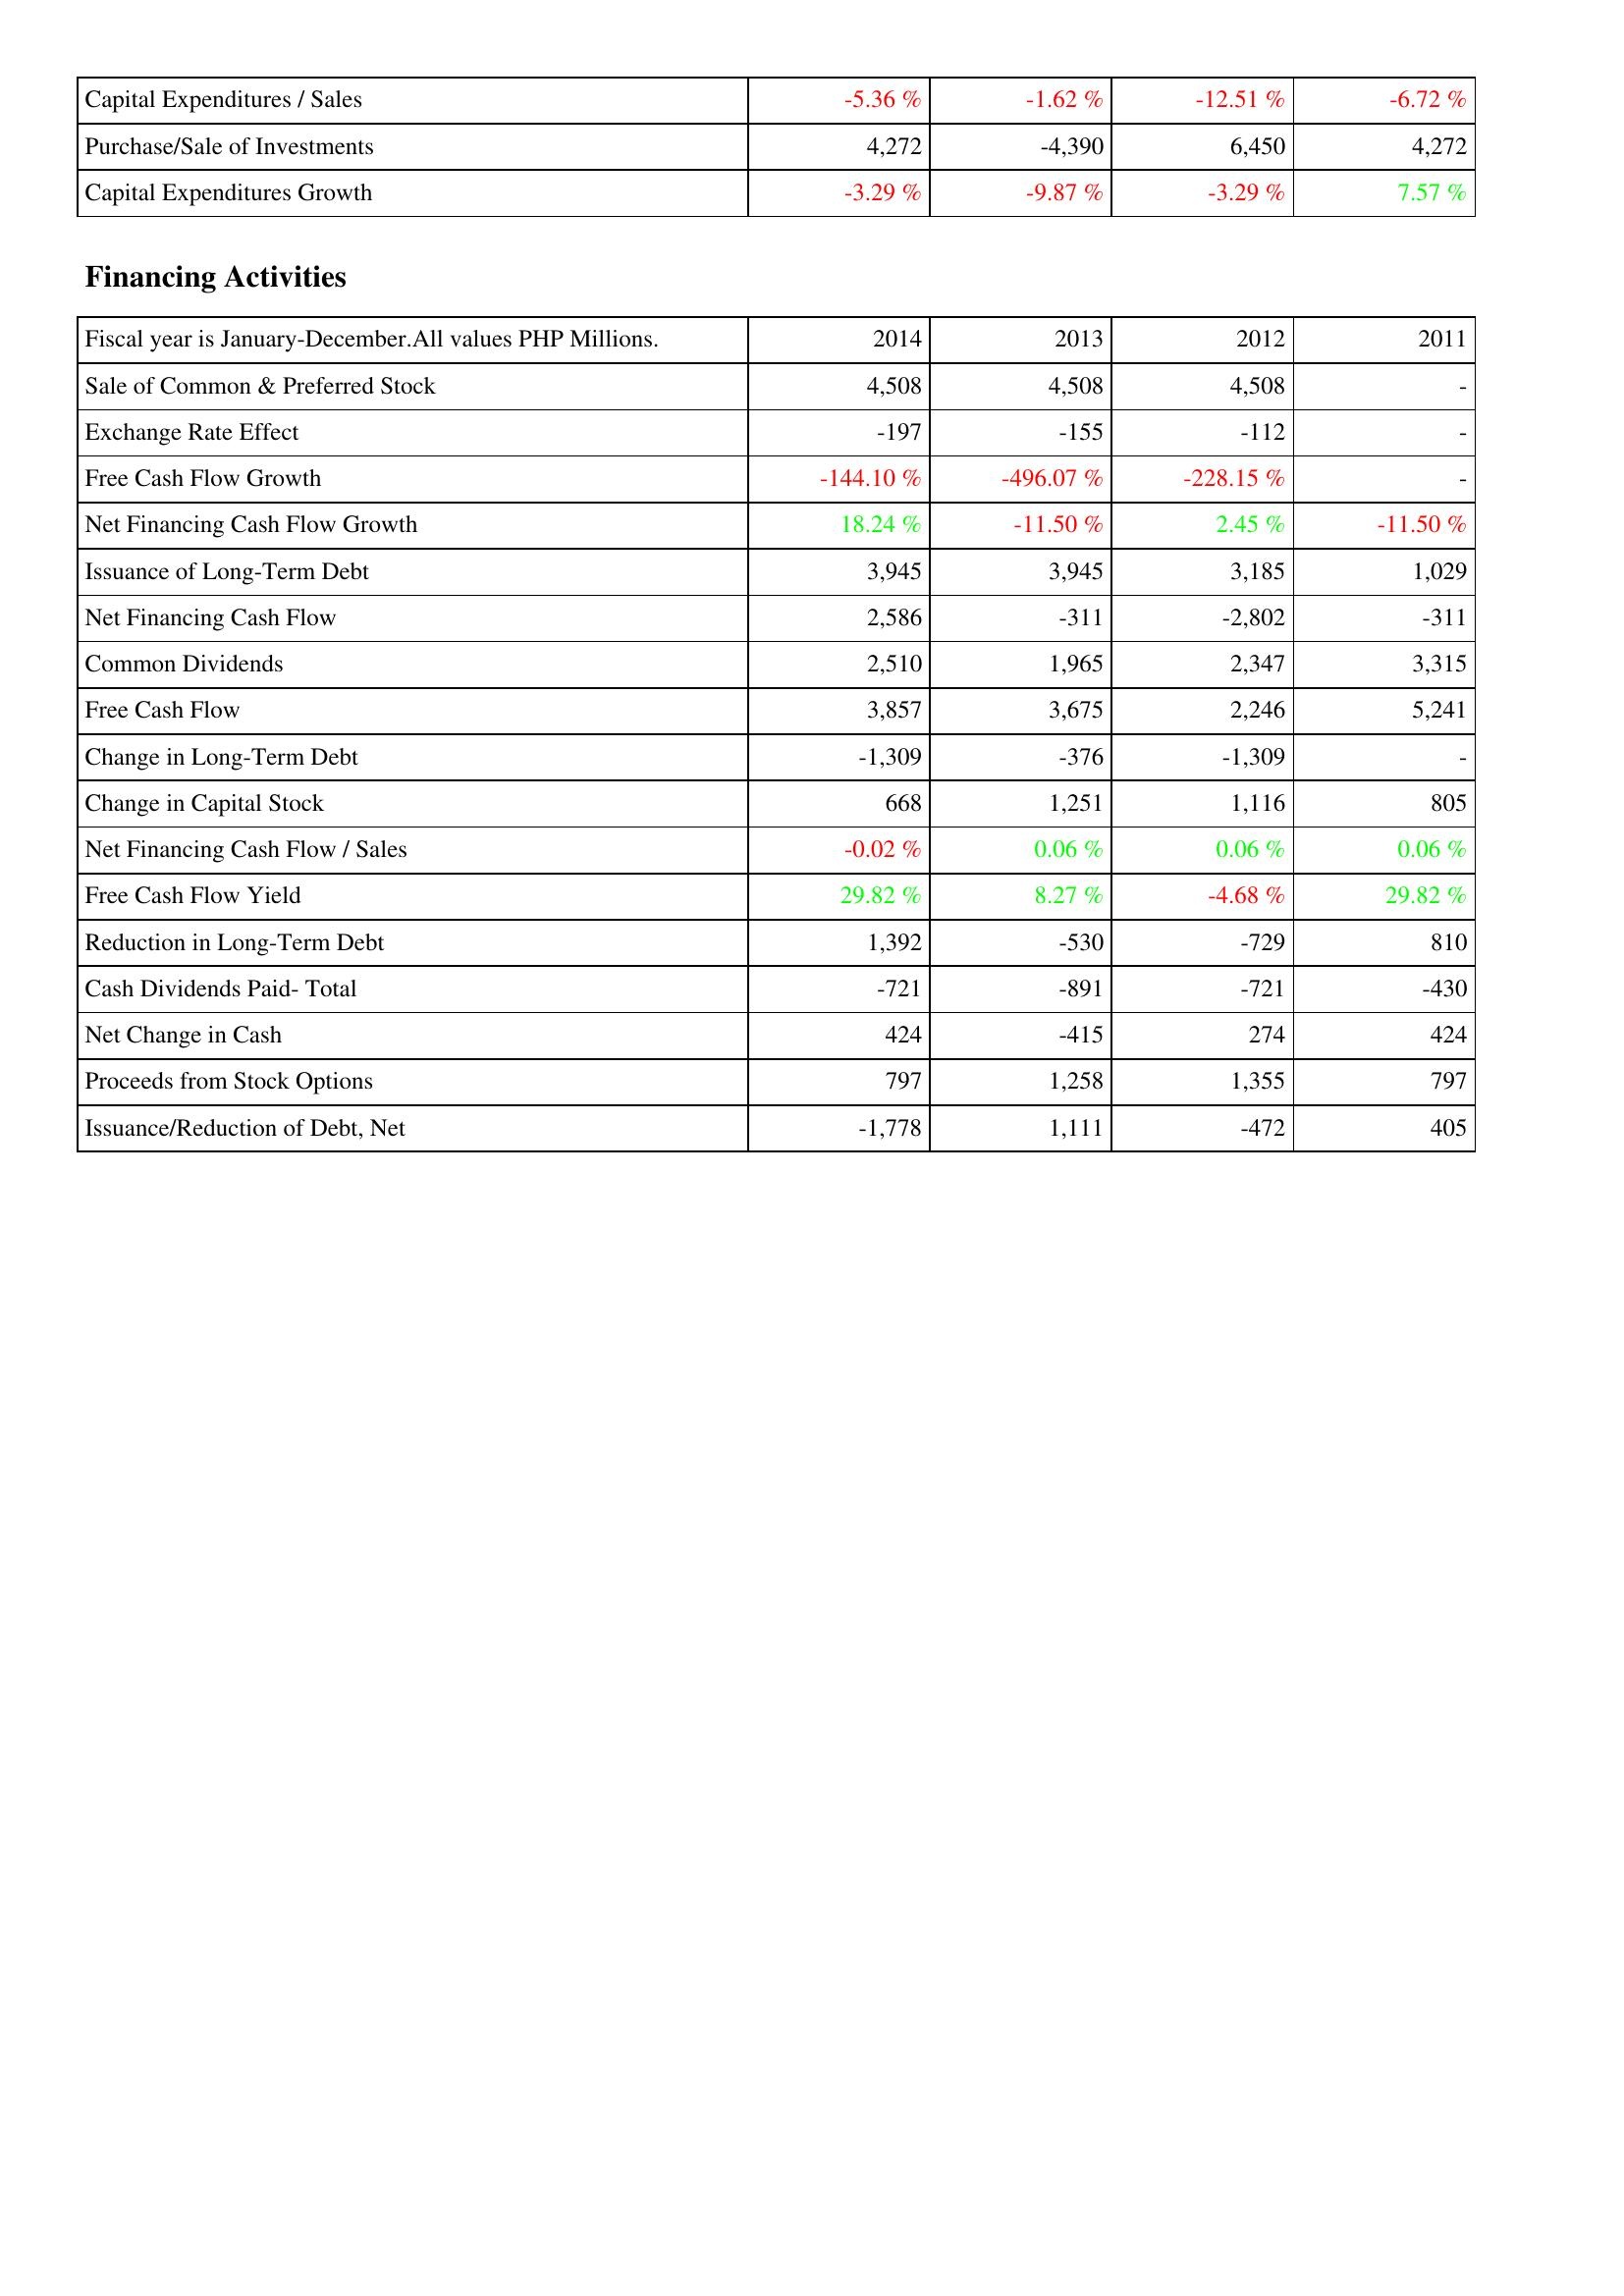
2014: Investing Activities: Capital Expenditures / Sales: -5.36 %
Purchase/Sale of Investments: 4,272
Capital Expenditures Growth: -3.29 %
Financing Activities: Sale of Common & Preferred Stock: 4,508
Exchange Rate Effect: -197
Free Cash Flow Growth: -144.10 %
Net Financing Cash Flow Growth: 18.24 %
Issuance of Long-Term Debt: 3,945
Net Financing Cash Flow: 2,586
Common Dividends: 2,510
Free Cash Flow: 3,857
Change in Long-Term Debt: -1,309
Change in Capital Stock: 668
Net Financing Cash Flow / Sales: -0.02 %
Free Cash Flow Yield: 29.82 %
Reduction in Long-Term Debt: 1,392
Cash Dividends Paid- Total: -721
Net Change in Cash: 424
Proceeds from Stock Options: 797
Issuance/Reduction of Debt, Net: -1,778
2013: Investing Activities: Capital Expenditures / Sales: -1.62 %
Purchase/Sale of Investments: -4,390
Capital Expenditures Growth: -9.87 %
Financing Activities: Sale of Common & Preferred Stock: 4,508
Exchange Rate Effect: -155
Free Cash Flow Growth: -496.07 %
Net Financing Cash Flow Growth: -11.50 %
Issuance of Long-Term Debt: 3,945
Net Financing Cash Flow: -311
Common Dividends: 1,965
Free Cash Flow: 3,675
Change in Long-Term Debt: -376
Change in Capital Stock: 1,251
Net Financing Cash Flow / Sales: 0.06 %
Free Cash Flow Yield: 8.27 %
Reduction in Long-Term Debt: -530
Cash Dividends Paid- Total: -891
Net Change in Cash: -415
Proceeds from Stock Options: 1,258
Issuance/Reduction of Debt, Net: 1,111
2012: Investing Activities: Capital Expenditures / Sales: -12.51 %
Purchase/Sale of Investments: 6,450
Capital Expenditures Growth: -3.29 %
Financing Activities: Sale of Common & Preferred Stock: 4,508
Exchange Rate Effect: -112
Free Cash Flow Growth: -228.15 %
Net Financing Cash Flow Growth: 2.45 %
Issuance of Long-Term Debt: 3,185
Net Financing Cash Flow: -2,802
Common Dividends: 2,347
Free Cash Flow: 2,246
Change in Long-Term Debt: -1,309
Change in Capital Stock: 1,116
Net Financing Cash Flow / Sales: 0.06 %
Free Cash Flow Yield: -4.68 %
Reduction in Long-Term Debt: -729
Cash Dividends Paid- Total: -721
Net Change in Cash: 274
Proceeds from Stock Options: 1,355
Issuance/Reduction of Debt, Net: -472
2011: Investing Activities: Capital Expenditures / Sales: -6.72 %
Purchase/Sale of Investments: 4,272
Capital Expenditures Growth: 7.57 %
Financing Activities: Sale of Common & Preferred Stock: -
Exchange Rate Effect: -
Free Cash Flow Growth: -
Net Financing Cash Flow Growth: -11.50 %
Issuance of Long-Term Debt: 1,029
Net Financing Cash Flow: -311
Common Dividends: 3,315
Free Cash Flow: 5,241
Change in Long-Term Debt: -
Change in Capital Stock: 805
Net Financing Cash Flow / Sales: 0.06 %
Free Cash Flow Yield: 29.82 %
Reduction in Long-Term Debt: 810
Cash Dividends Paid- Total: -430
Net Change in Cash: 424
Proceeds from Stock Options: 797
Issuance/Reduction of Debt, Net: 405